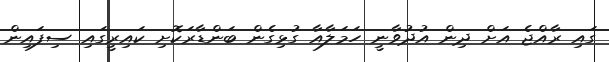
ގައި ރާއްޖެ އަށް ދިން އުދުވާނީ ހަމަލާއާ ގުޅިގެން ބަންޑާރަކޮށި ކައިރީގައި ސިފައިން